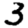
Digit: 3